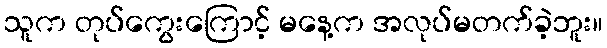
သူက တုပ်ကွေးကြောင့် မနေ့က အလုပ်မတက်ခဲ့ဘူး။